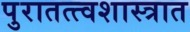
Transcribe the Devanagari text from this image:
पुरातत्त्वशास्त्रात